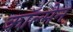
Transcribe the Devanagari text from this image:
काॅल्मेन